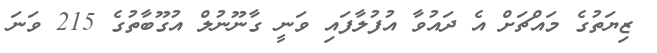
ޒިޔަތުގެ މައްޗަށް އެ ދައުވާ އުފުލާފައި ވަނީ ގާނޫނުލް އުގޫބާތުގެ 215 ވަނަ